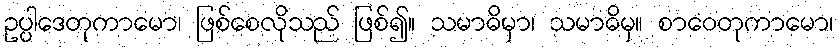
ဥပ္ပါဒေတုကာမော၊ ဖြစ်စေလိုသည် ဖြစ်၍။ သမာဓိမှာ၊ သမာဓိမှ။ စာဝေတုကာမော၊